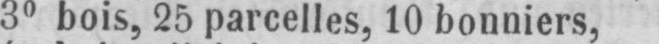
3° bois, 25 parcelles, 10 bonniers,